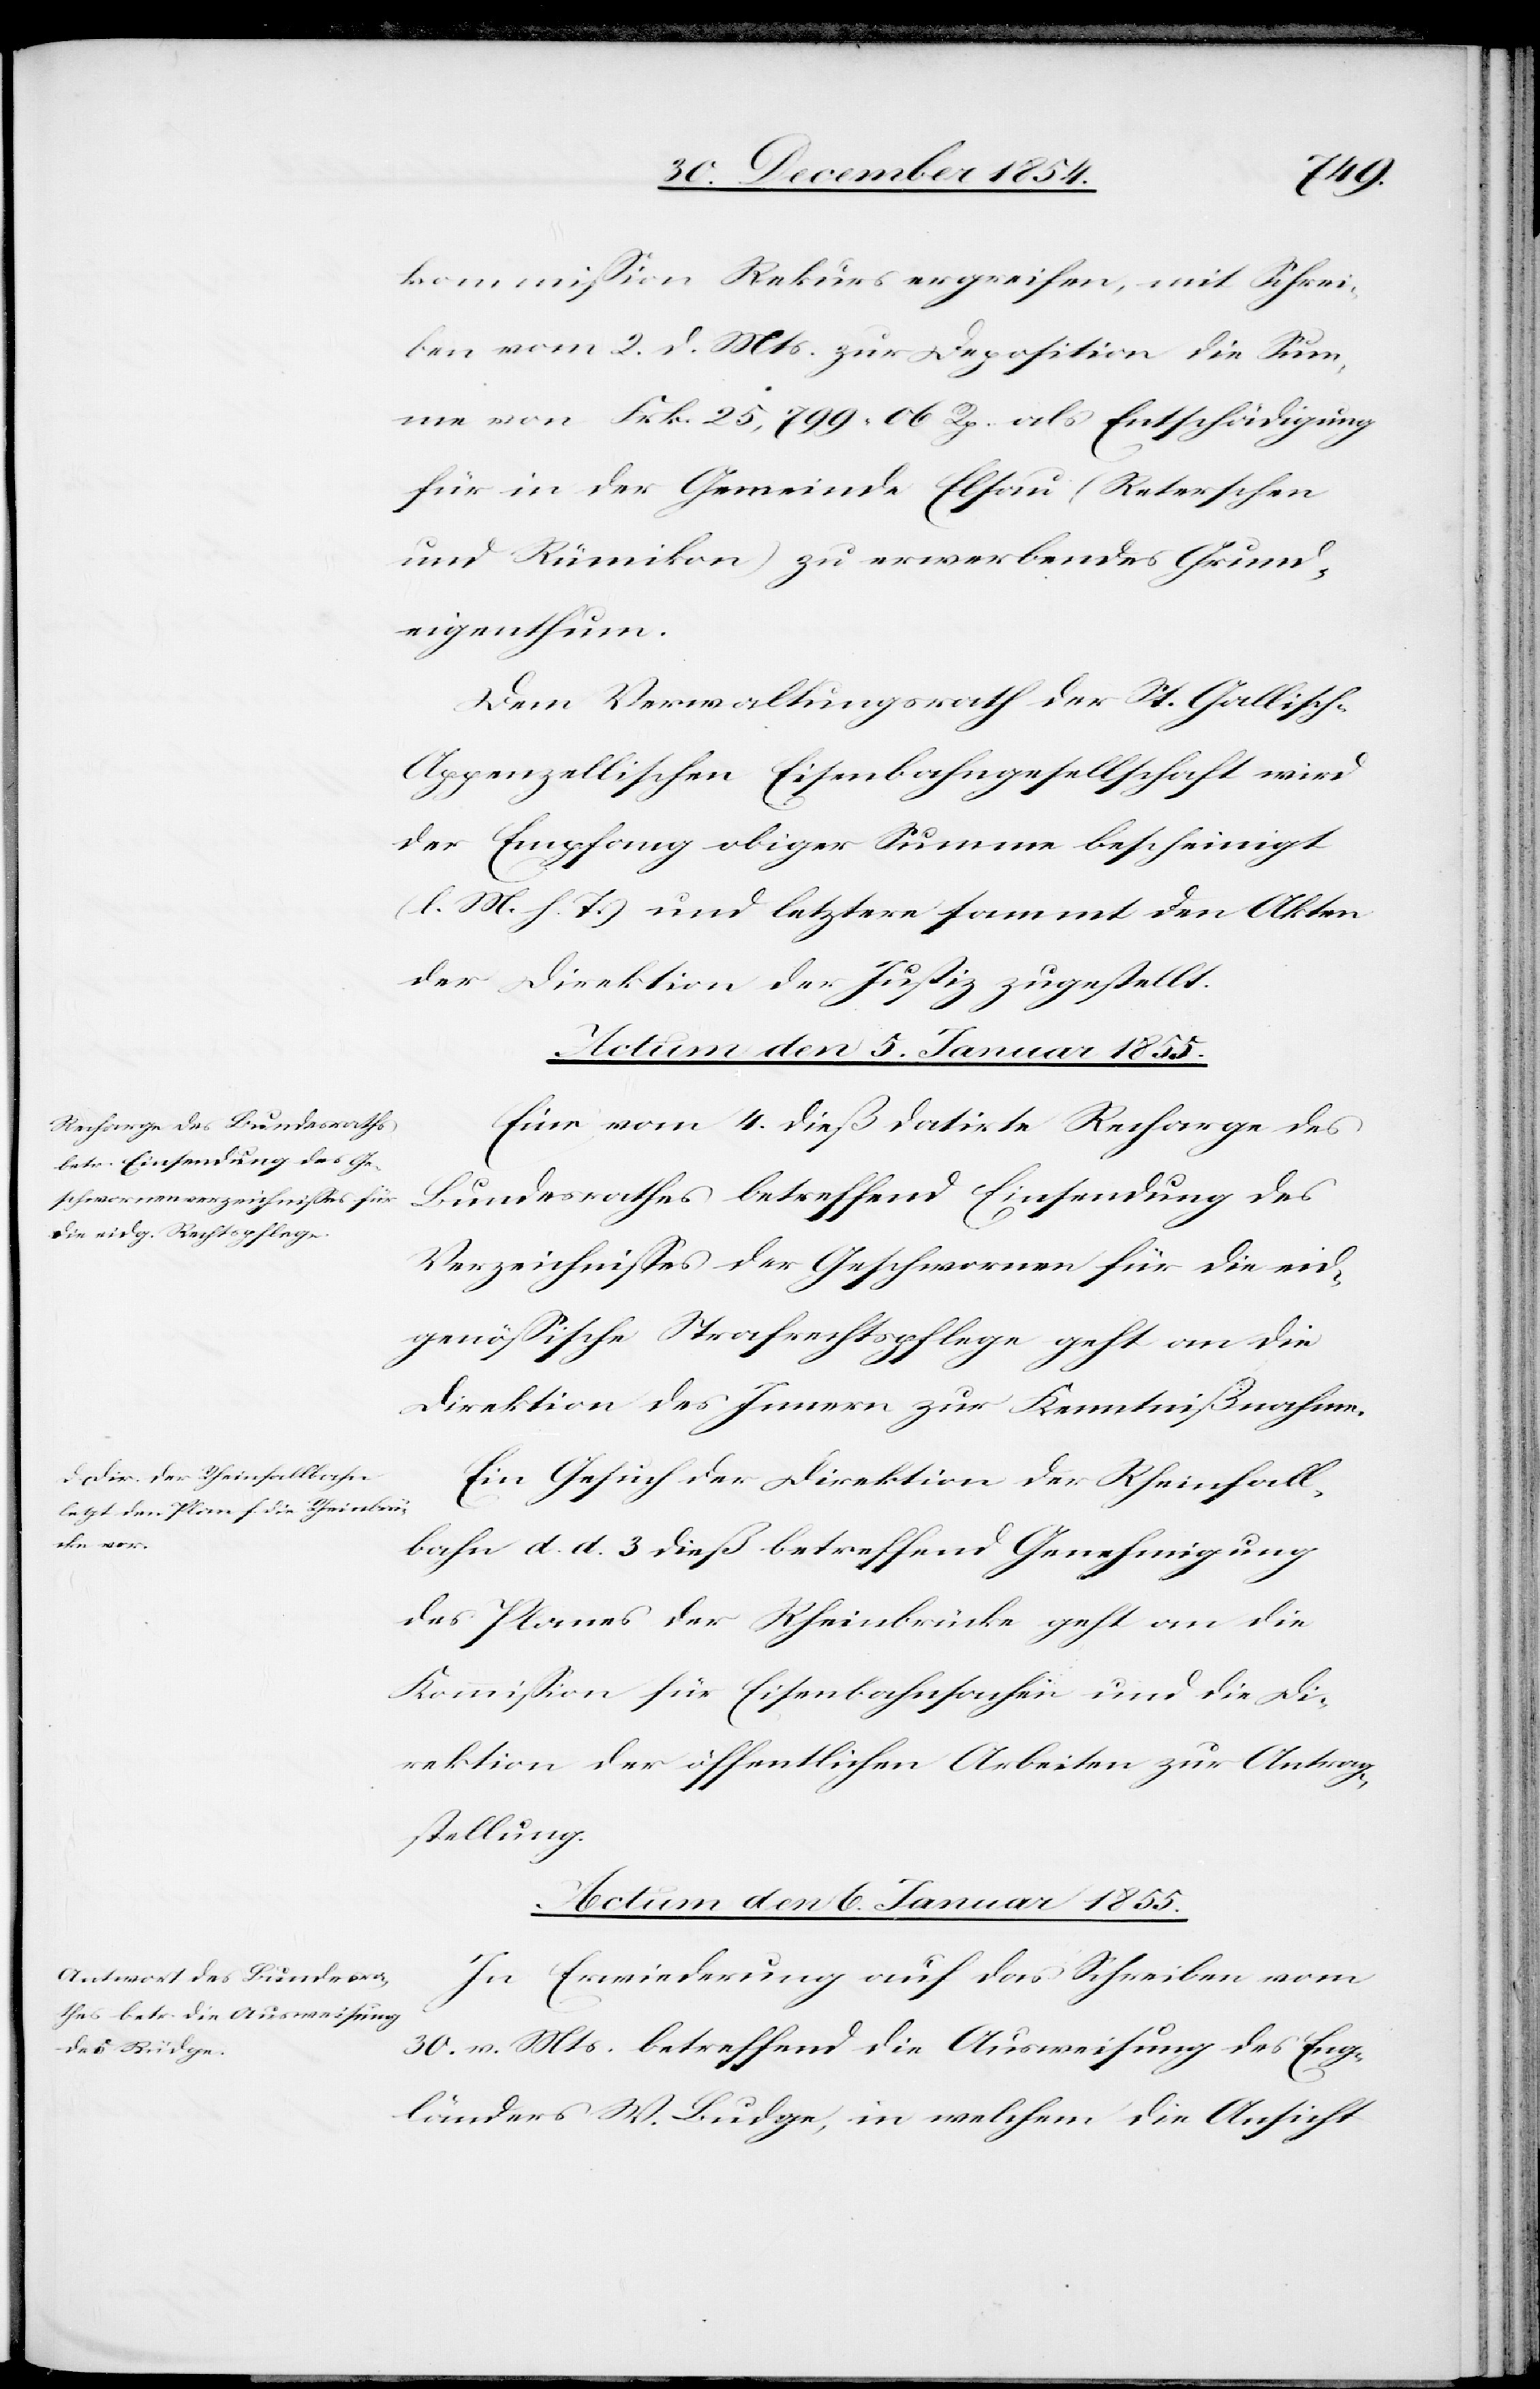
kommißion Rekurs ergreifen, mit Schrei¬
ben vom 2. d. Mts. zur Deposition die Sum¬
me von Frk. 25,799. 06 Rp. als Entschädigung
für in der Gemeinde Elsau (Reterschen
und Rümikon) zu erwerbendes Grund¬
eigenthum.
Dem Verwaltungsrath der St. Gallisch-A¬
ppenzellischen Eisenbahngesellschaft wird
der Empfang obiger Summe bescheinigt
(l. M. h. T.) und letztere sammt den Akten
der Direktion der Justiz zugestellt.
Actum den 5. Januar 1855.]
Eine vom 4. dieß datirte Recharge des
Bundesrathes betreffend Einsendung des
Verzeichnißes der Geschwornen für die eid¬
genößische Strafrechtspflege geht an die
Direktion des Innern zur Kenntnißnahme.
Ein Gesuch der Direktion der Rheinfall¬
bahn d. d. 3 dieß betreffend Genehmigung
des Planes der Rheinbrücke geht an die
Kommißion für Eisenbahnsachen und die Di¬
rektion der öffentlichen Arbeiten zur Antrag¬
stellung.
Actum den 6. Januar 1855.
In Erwiederung auf das Schreiben vom
30. v. Mts. betreffend die Ausweisung des Eng¬
länders W. Budge, in welchem die Ansicht